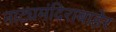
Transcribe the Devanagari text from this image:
नाट्यमंदिराबाहेर